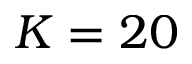
K = 2 0